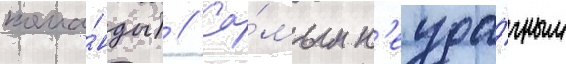
кома́нды) // Са́мым н'еуда́чным